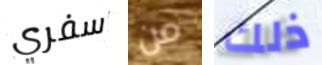
سفري من ذلك